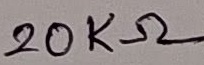
Text: 20KΩ